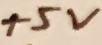
Text: +5V